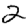
Digit: 2